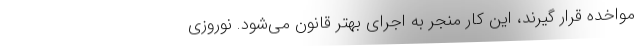
مواخده قرار گیرند، این کار منجر به اجرای بهتر قانون می‌شود. نوروزی